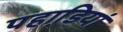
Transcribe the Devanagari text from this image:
पहाडि़यां